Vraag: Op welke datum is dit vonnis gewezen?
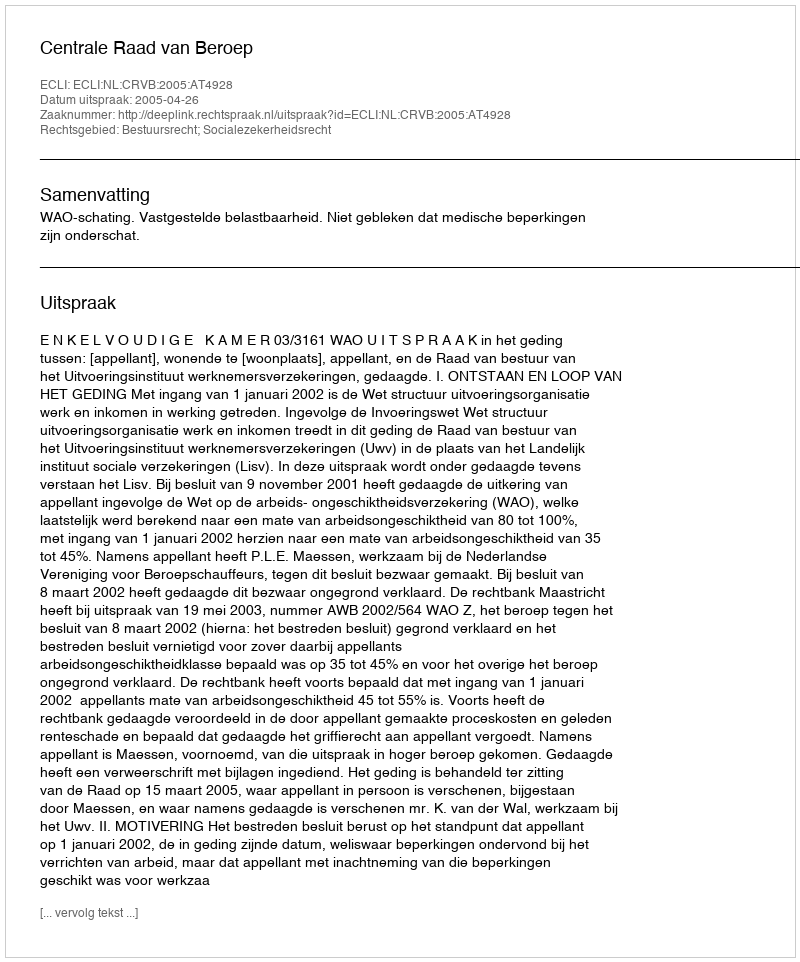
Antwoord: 2005-04-26